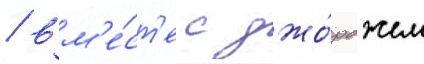
/ вм'е́ст'е с джо́рджем